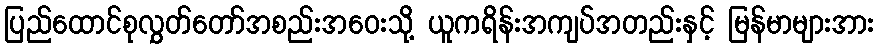
ပြည်ထောင်စုလွှတ်တော်အစည်းအဝေးသို့ ယူကရိန်းအကျပ်အတည်းနှင့် မြန်မာများအား